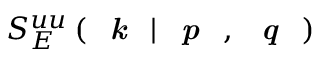
S _ { E } ^ { u u } \left( \textit { \textbf { k } } | \textit { \textbf { p } } , \textit { \textbf { q } } \right)